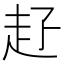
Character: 𧺐